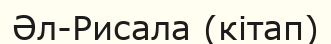
Әл-Рисала (кітап)